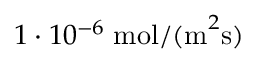
1 \cdot 1 0 ^ { - 6 } \; \mathrm { m o l / ( m } ^ { 2 } \mathrm { s ) }